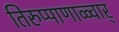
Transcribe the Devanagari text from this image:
तिरुप्पाणाळ्वार्